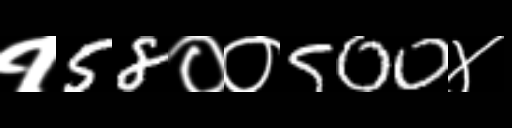
Text: १58००500४